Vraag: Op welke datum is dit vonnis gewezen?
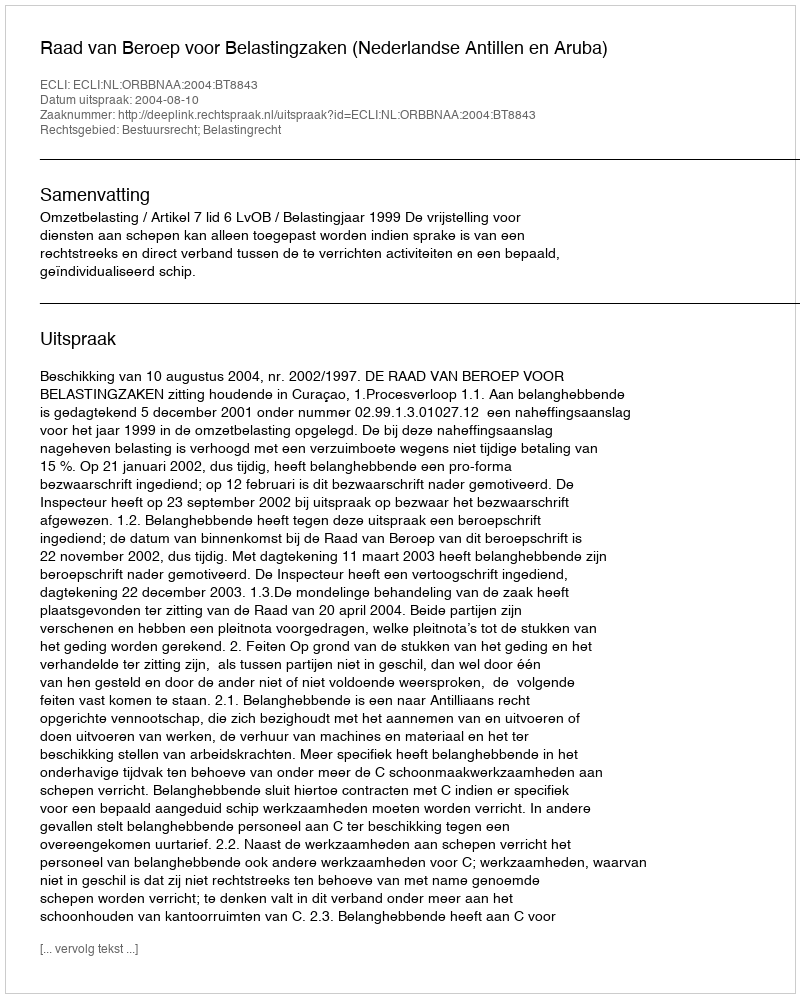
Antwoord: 2004-08-10